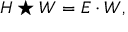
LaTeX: H \star W = E \cdot W ,